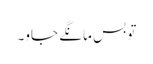
تو بس مانگے جاو۔